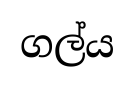
ගල්ය